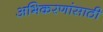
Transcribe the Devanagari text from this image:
अभिकरणांसाठी